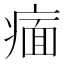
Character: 𬏶